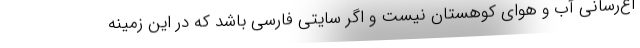
اع‌رسانی آب و هوای کوهستان نیست و اگر سایتی فارسی باشد که در این زمینه